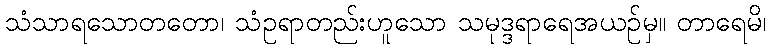
သံသာရသောတတော၊ သံဥရာတည်းဟူသော သမုဒ္ဒရာရေအယဉ်မှ။ တာရေမိ၊